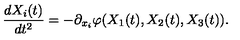
\frac { d X _ { i } ( t ) } { d t ^ { 2 } } = - \partial _ { x _ { i } } \varphi ( X _ { 1 } ( t ) , X _ { 2 } ( t ) , X _ { 3 } ( t ) ) .